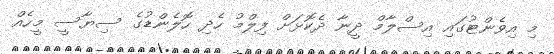
މި އިވެންޓުގައި އިސްލާމް ދީނާ ދެކޮޅަށް ފިލްމު ހެދި ހޮލެންޑުގެ ސިޔާސީ މީހެއް